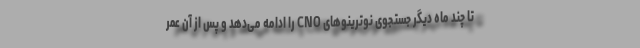
تا چند ماه دیگر جستجوی نوترینوهای CNO را ادامه می‌دهد و پس از آن عمر